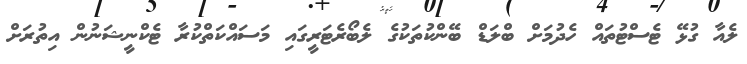
ލެއާ ގުޅޭ ޓެސްޓުތައް ހެދުމަށް ބްލަޑް ބޭންކުތަކުގެ ލެބޯރެޓަރީގައި މަސައްކަތްކުރާ ޓެކްނީޝަނުން އިތުރަށް